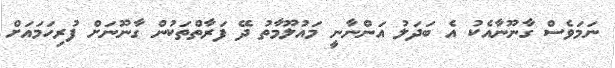
ނަމަވެސް ގާނޫނާއެކު އެ ބަދަލު އަންނާނީ މައުލޫމާތު ދޭ ފަރާތްތަކުން ގާނޫނަށް ފުރިހަމައަށް